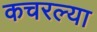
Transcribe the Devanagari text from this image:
कचरल्या